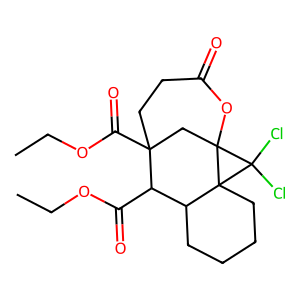
SMILES: CCOC(=O)C1C2CCCCC23C(Cl)(Cl)C32CC1(C(=O)OCC)CCC(=O)O2
Inhibits HIV replication: No